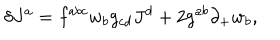
\delta J ^ { a } = f ^ { a b c } w _ { b } g _ { c d } J ^ { d } + 2 g ^ { a b } \partial _ { + } w _ { b } ,